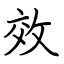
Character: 效